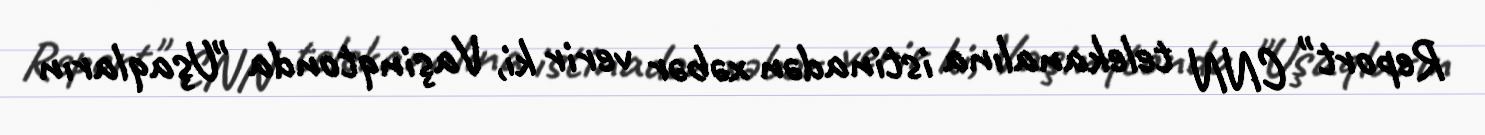
Report" CNN telekanalına istinadən xəbər verir ki, Vaşinqtonda "Uşaqların